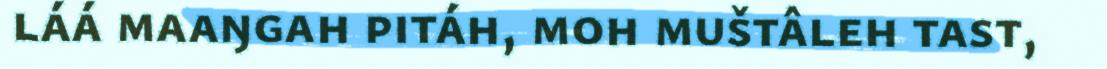
láá maaŋgah pitáh, moh muštâleh tast,